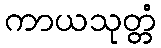
ကာယသုတ္တံ